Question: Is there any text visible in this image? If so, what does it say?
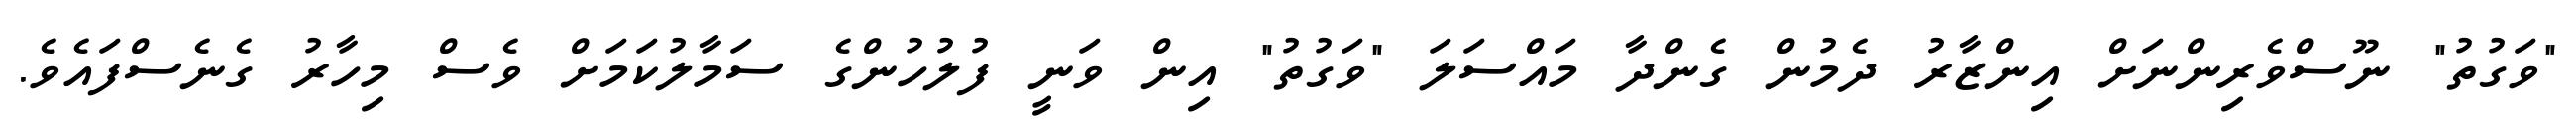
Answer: "ވަގުތު" ނޫސްވެރިންނަށް އިންޒާރު ދެމުން ގެންދާ މައްސަލަ "ވަގުތު" އިން ވަނީ ފުލުހުންގެ ސަމާލުކަމަށް ވެސް މިހާރު ގެނެސްފައެވެ.